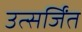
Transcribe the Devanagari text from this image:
उत्सर्जिंत